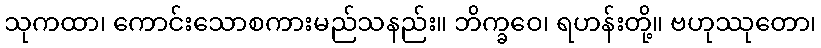
သုကထာ၊ ကောင်းသောစကားမည်သနည်း။ ဘိက္ခဝေ၊ ရဟန်းတို့။ ဗဟုဿုတော၊